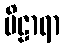
ဗိဠာရာ